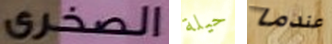
الصخري حيلة عندما